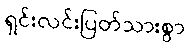
ရှင်းလင်းပြတ်သားစွာ